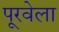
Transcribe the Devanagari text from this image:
पूरवेला